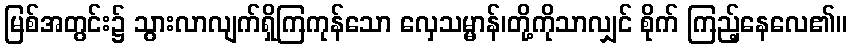
မြစ်အတွင်း၌ သွားလာလျက်ရှိကြကုန်သော လှေသမ္မာန်၊တို့ကိုသာလျှင် စိုက် ကြည့်နေလေ၏။